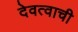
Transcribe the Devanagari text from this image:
देवत्वाची